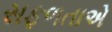
સફળતાએ